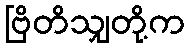
ဗြိတိသျှတို့က